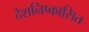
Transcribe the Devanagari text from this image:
देशनिष्कासित